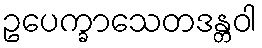
ဥပေက္ခာသေတဒန္တဝါ